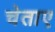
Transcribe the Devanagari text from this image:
चेताए